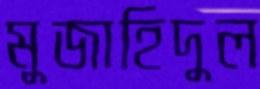
মুজাহিদুল